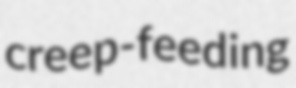
creep-feeding